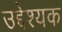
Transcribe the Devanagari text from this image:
उद्देश्यक